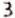
3